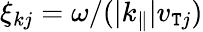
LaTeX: \xi_{kj}=\omega/(|k_{\parallel}|v_{\mathtt{T}j})